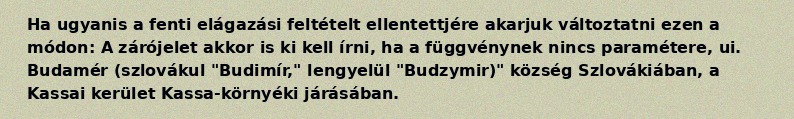
Ha ugyanis a fenti elágazási feltételt ellentettjére akarjuk változtatni ezen a módon: A zárójelet akkor is ki kell írni, ha a függvénynek nincs paramétere, ui. Budamér (szlovákul "Budimír," lengyelül "Budzymir)" község Szlovákiában, a Kassai kerület Kassa-környéki járásában.